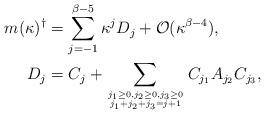
LaTeX: \begin{align*}m(\kappa)^\dagger&=\sum_{j=-1}^{\beta-5}\kappa^jD_j+\mathcal O(\kappa^{\beta-4}),\\D_j&=C_j+\sum_{\genfrac{}{}{0pt}{}{j_1\ge 0,j_2\ge 0,j_3\ge 0}{j_1+j_2+j_3=j+1}}C_{j_1}A_{j_2}C_{j_3},\end{align*}